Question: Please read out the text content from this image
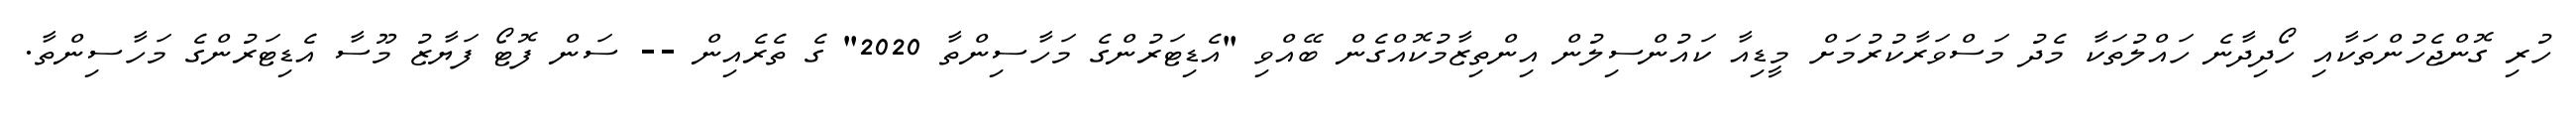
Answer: ހުރި ގޮންޖެހުންތަކާއި ހޯދިދާނެ ހައްލުތަކާ މެދު މަސްވަރާކުރުމަށް މީޑިއާ ކައުންސިލުން އިންތިޒާމުކޮއްގެން ބޭއްވި "އެޑިޓަރުންގެ މަހާސިންތާ 2020" ގެ ތެރެއިން -- ސަން ފޮޓޯ ފަޔާޒު މޫސާ އެޑިޓަރުންގެ މަހާސިންތާ.